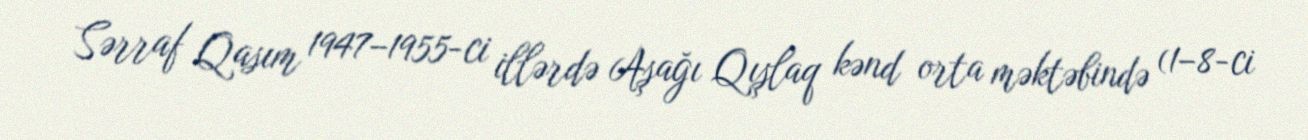
Sərraf Qasım 1947–1955-ci illərdə Aşağı Qışlaq kənd orta məktəbində (1–8-ci